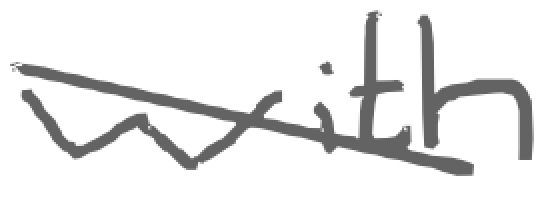
Text: with
Cross-out: diagonal
Writing tool: digital_gray